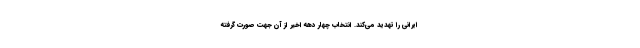
ایرانی را تهدید می‌کند. انتخاب چهار دهه اخیر از آن جهت صورت گرفته